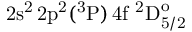
\mathrm { 2 s ^ { 2 } \, 2 p ^ { 2 } ( ^ { 3 } P ) \, 4 f ~ ^ { 2 } D _ { 5 / 2 } ^ { o } }